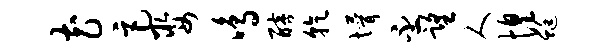
花巨娶鸣醅乾懵丕望人惶蜓